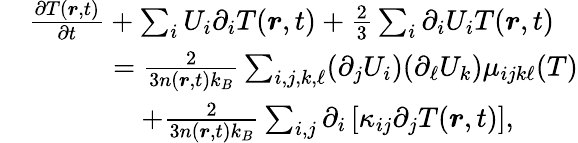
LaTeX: \begin{array}{rl}&{\frac{\partial T(\boldsymbol{r},t)}{\partial t}+\sum_{i}U_{i}\partial_{i}T(\boldsymbol{r},t)+\frac{2}{3}\sum_{i}\partial_{i}U_{i}T(\boldsymbol{r},t)}\\ &{\quad\quad\quad=\frac{2}{3n(\boldsymbol{r},t)k_{B}}\sum_{i,j,k,\ell}(\partial_{j}U_{i})(\partial_{\ell}U_{k})\mu_{ijk\ell}(T)}\\ &{\quad\quad\quad\quad+\frac{2}{3n(\boldsymbol{r},t)k_{B}}\sum_{i,j}\partial_{i}\left[\kappa_{ij}\partial_{j}T(\boldsymbol{r},t)\right],}\end{array}